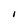
Character: I